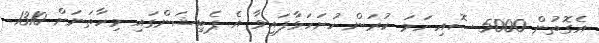
އެގޮތުން 5000 ސޮއި ހަމަ ކުރަން ހުށަހަޅާފައިވާ އެ ޕެޓިޝަންގައި މިހާތަނަށް 1310